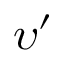
\upsilon ^ { \prime }